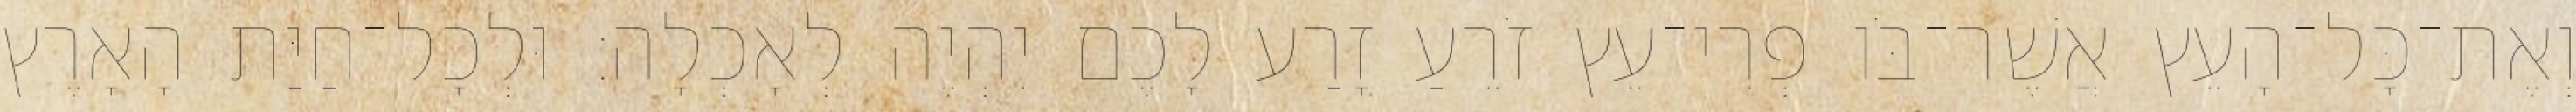
וְאֶת־כָּל־הָעֵץ אֲשֶׁר־בֹּו פְרִי־עֵץ זֹרֵעַ זָרַע לָכֶם יִהְיֶה לְאָכְלָה׃ וּלְכָל־חַיַּת הָאָרֶץ